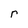
Character: r